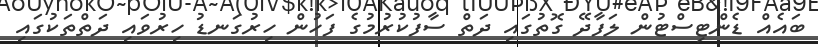
ބައެއް ޑެންޓިސްޓުން ލަފާދޭ ގޮތުގައި ދަތް ސާފުކުރުމުގެ ފަހުން ހިރުގަނޑު ހިރުވައި ދަތްތަކުގައި